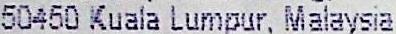
50450 KUALA LUMPUR, MALAYSIA